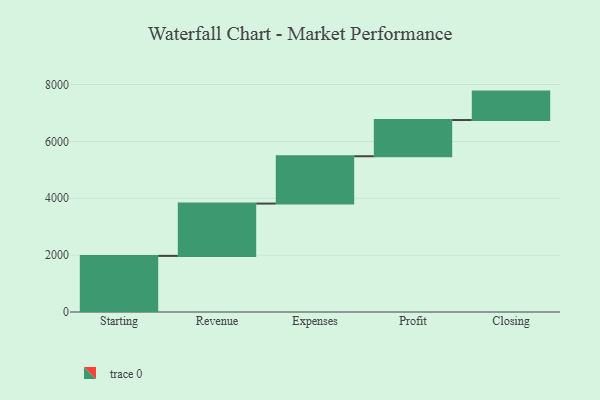
{"axis": {"x": "Step", "y": "Value"}, "legend": [""], "data": [{"x": "Starting", "y": 1973.0, "type": ""}, {"x": "Revenue", "y": 1841.0, "type": ""}, {"x": "Expenses", "y": 1664.0, "type": ""}, {"x": "Profit", "y": 1274.0, "type": ""}, {"x": "Closing", "y": 1000, "type": ""}]}